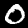
Digit: 0